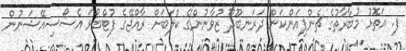
ފ. އަތޮޅު މުބާރާތުގެ ޗެންޕިއަންކަން ދަރަނބޫދޫ ޒުވާނުންގެ ކްލަބަށް ރާއްޖޭގެ ފުޓްބޯޅަ އެސޯސިއޭޝަނުން